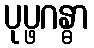
ပုပ္ဖဂန္ဓာ